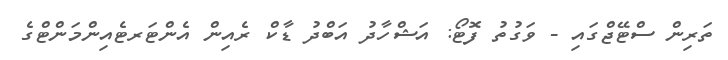
ތަރިން ސްޓޭޖްގައި - ވަގުތު ފޮޓޯ: އަޝްހާދު އަބްދު ޑާކް ރެއިން އެންޓަރޓެއިންމަންޓްގެ